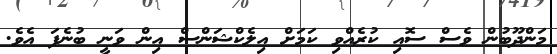
މަންދޫބުން ވެސް ސޮއި ކުރެއްވި ކަމަށް އިލެކްޝަންސް އިން ވަނީ ބުނެފަ އެވެ.